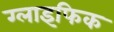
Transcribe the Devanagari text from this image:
ग्लाइफिक